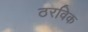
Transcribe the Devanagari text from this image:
ठरविक